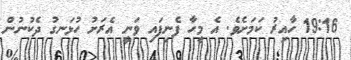
19:16 ހާއިރު ކަމަށެވެ. އެ މީހާ ފެނިފައި ވަނީ އެރަށު ހުޅަނގު ދެކުނުން